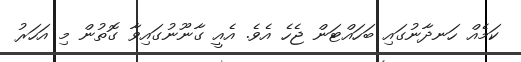
ކަމެއް ހަނދާނުގައި ބަހައްޓަން ޖެހެ އެވެ. އެއީ ގާނޫނުގައިވާ ގޮތުން މި އަހަރު